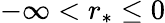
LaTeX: -\infty<r_{*}\le 0